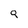
Character: 9